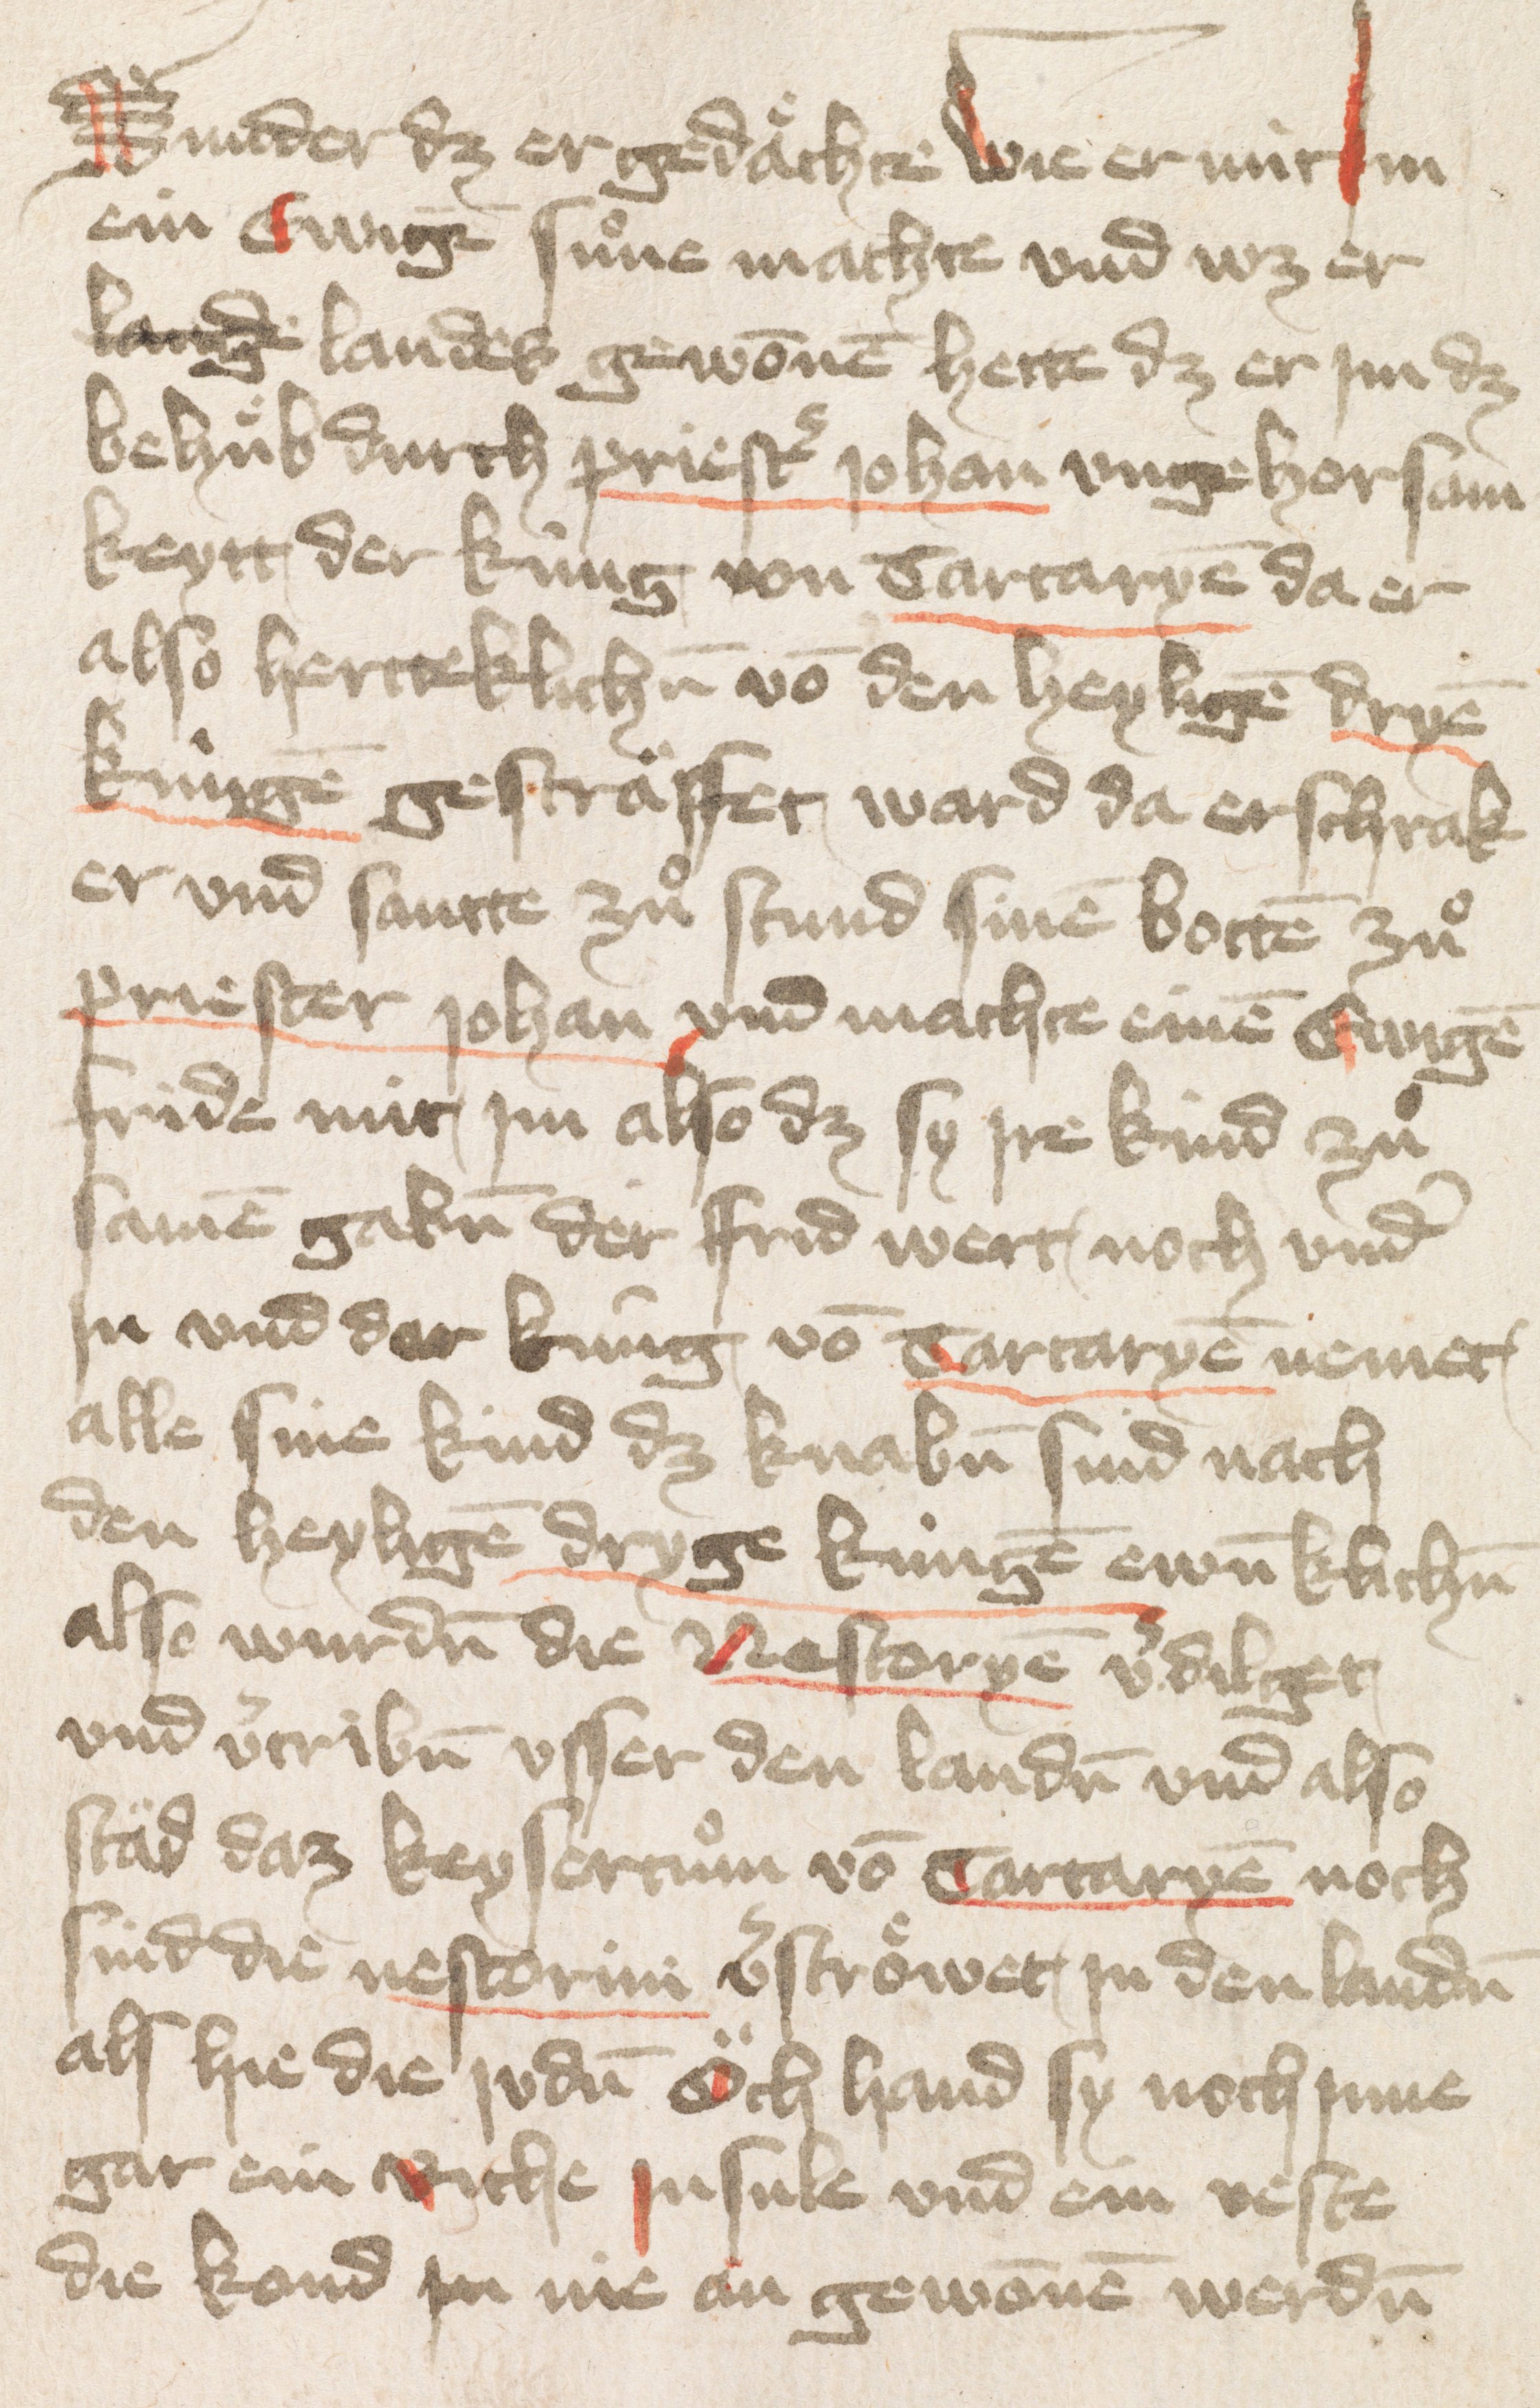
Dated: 1400–1424